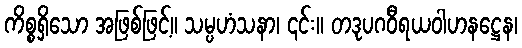
ကိစ္စရှိသော အဖြစ်ဖြင့်။ သမ္ပဟံသနာ၊ ၎င်း။ တဒုပဂဝီရယဝါဟနဋ္ဌေန၊